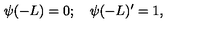
\psi ( - L ) = 0 ; \quad \psi ( - L ) ^ { \prime } = 1 ,